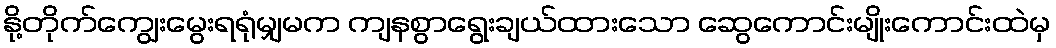
နို့တိုက်ကျွေးမွေးရရုံမျှမက ကျနစွာရွေးချယ်ထားသော ဆွေကောင်းမျိုးကောင်းထဲမှ